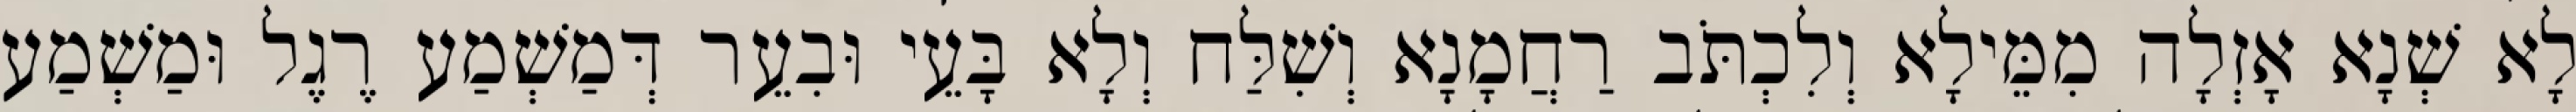
לָא שְׁנָא אָזְלָה מִמֵּילָא וְלִכְתֹּב רַחֲמָנָא וְשִׁלַּח וְלָא בָּעֵי וּבִעֵר דְּמַשְׁמַע רֶגֶל וּמַשְׁמַע